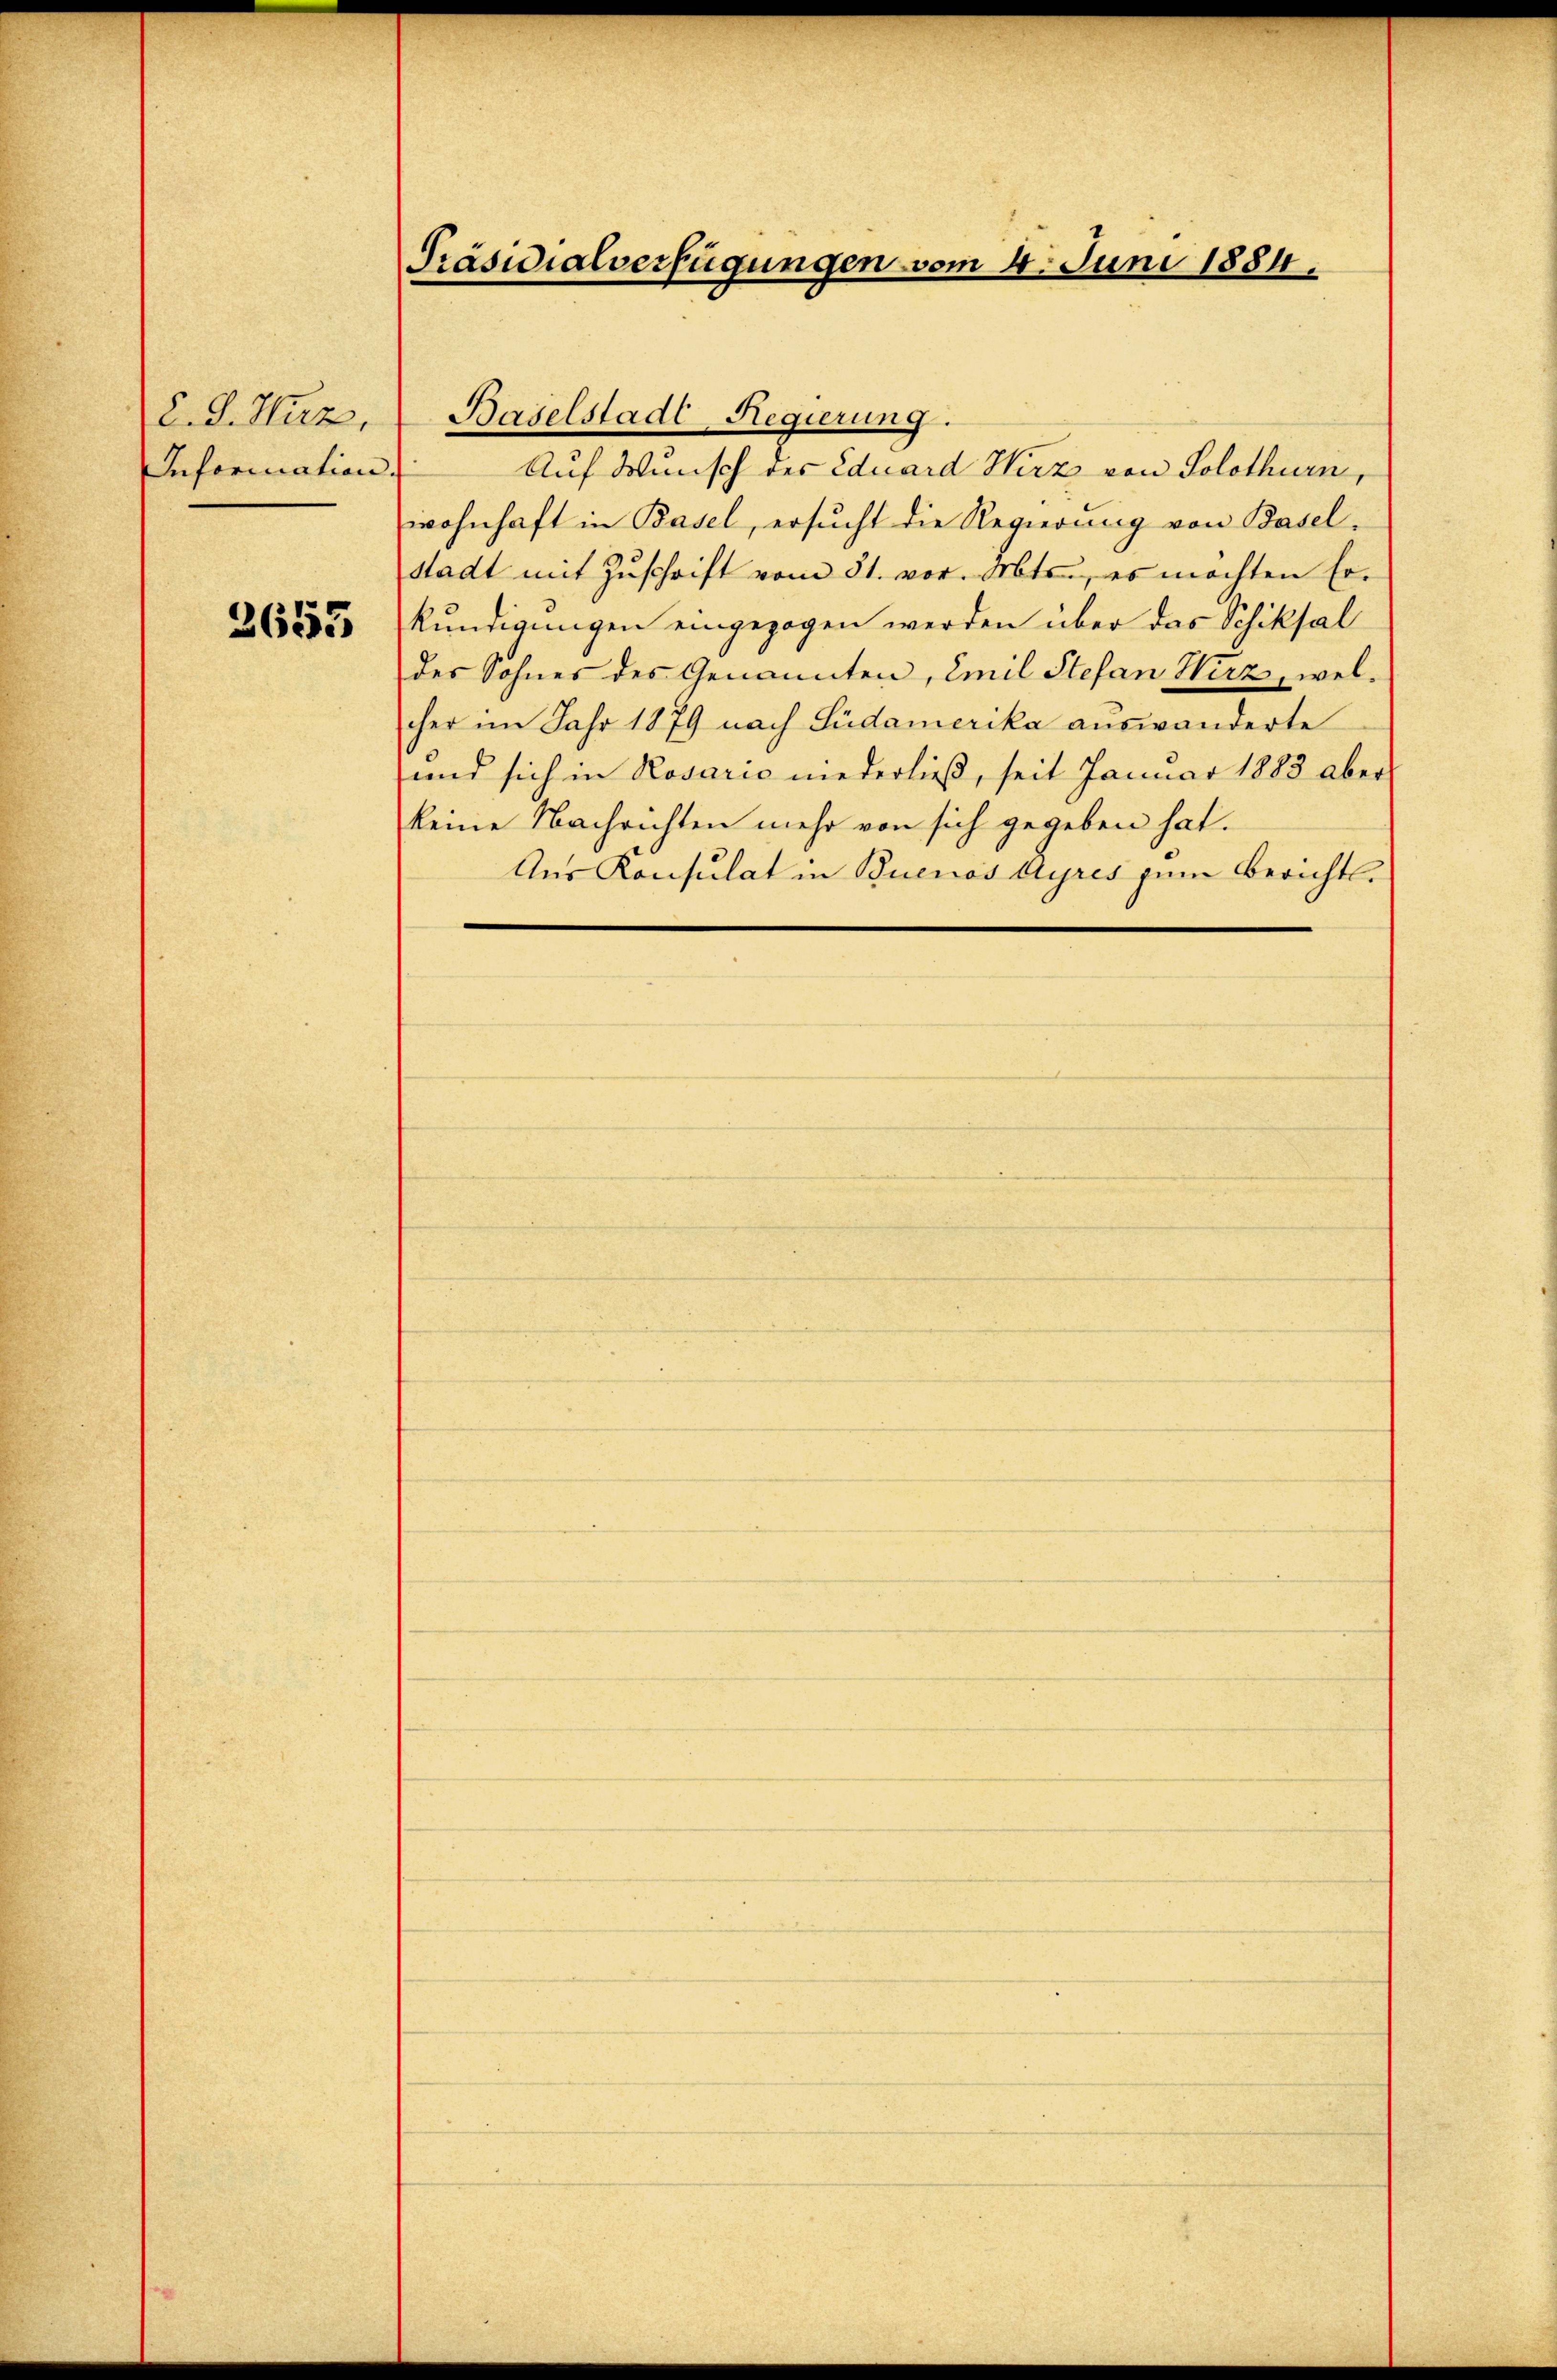
C. J. Herz,
Inforication

3655

Präsidialverfügungen vom 4. Juni 1884.

Auf Wunsch des Eduard Wirz von Solothurn,
wohnhaft in Basel, ersucht die Regierung von Basel-
Stadt mit Zuschrift vom 31. vor. Mts., es möchten Erkundigungen eingezogen werden über das Schiksal
des Sohnes des Genannten, Emil Stefan Wirz, welcher im Jahr 1879 nach Südamerika auswanderte
und sich in Rosario niederließ, seit Januar 1883 aber
keine Nachrichten mehr von sich gegeben hat.
Aus Konsulat in Buenos Ayres zum Berichts¬

Baselstadt-Regierung.